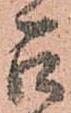
召